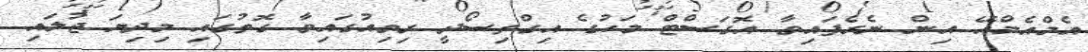
އެމްއެމްއޭ އިން ނެރެފައިވާ އޮގަސްޓް މަހުގެ އިގްތިސޯދީ ރިވިއުގައިވާ ގޮތުގައި މިދިޔަ ޖުލައި